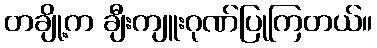
တချို့က ချီးကျူးဂုဏ်ပြုကြတယ်။